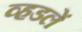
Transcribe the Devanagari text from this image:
व्हडलें